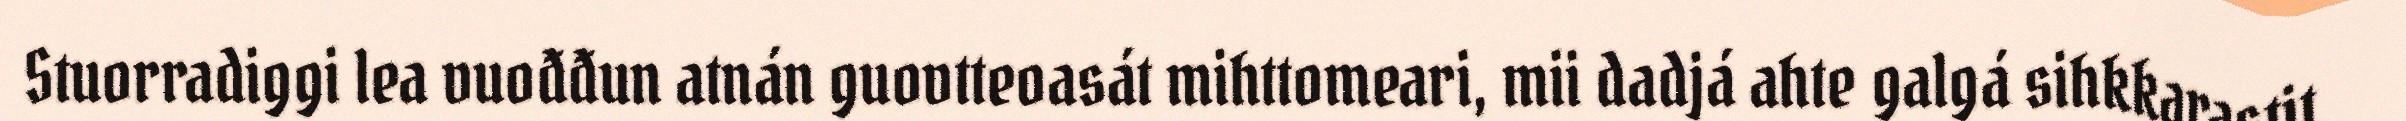
Stuorradiggi lea vuođđun atnán guovtteoasát mihttomeari, mii dadjá ahte galgá sihkkarastit